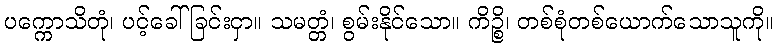
ပက္ကောသိတုံ၊ ပင့်ခေါ်ခြင်းငှာ။ သမတ္တံ၊ စွမ်းနိုင်သော။ ကိဉ္စိ၊ တစ်စုံတစ်ယောက်သောသူကို။